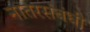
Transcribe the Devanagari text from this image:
नातरसंबंधी